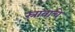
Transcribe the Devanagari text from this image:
स्रावाचे